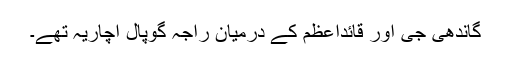
گاندھی جی اور قائداعظم کے درمیان راجہ گوپال اچاریہ تھے۔